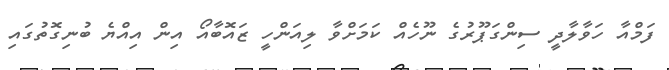
ފަމްއާ ހަވާލާދީ ސިންގަޕޫރުގެ ނޫހެއް ކަމަށްވާ ލިއަންހީ ޒައޮބާއޯ އިން އިއްޔެ ބުނިގޮތުގައި